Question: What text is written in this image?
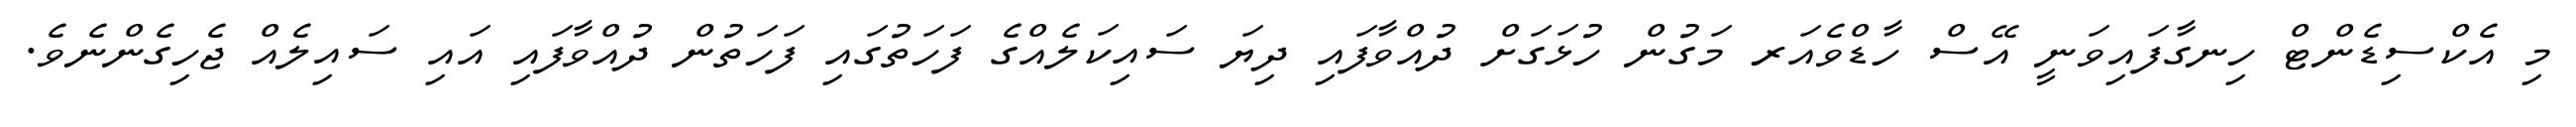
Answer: މި އެކްސިޑެންޓް ހިނގާފައިވަނީ އޭސް ހާޑްވެއަރ މަގުން ހުޅަގަށް ދުއްވާފައި ދިޔަ ސައިކަލެއްގެ ފަހަތުގައި ފަހަތުން ދުއްވާފައި އައި ސައިލެއް ޖެހިގެންނެވެ.